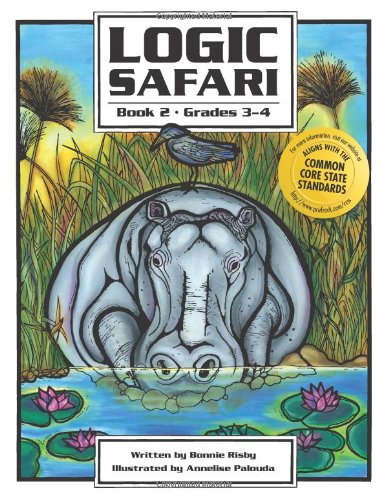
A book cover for Logic Safari Book 2; Bonnie Risby; Humor & Entertainment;